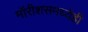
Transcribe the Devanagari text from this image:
मॉरीशसमध्येही